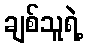
ချစ်သူရဲ့